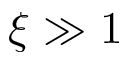
\xi \gg 1